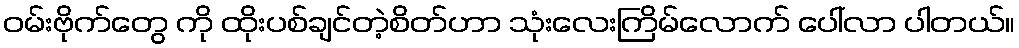
ဝမ်းဗိုက်တွေ ကို ထိုးပစ်ချင်တဲ့စိတ်ဟာ သုံးလေးကြိမ်လောက် ပေါ်လာ ပါတယ်။